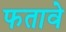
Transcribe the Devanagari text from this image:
फतावे